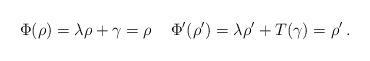
LaTeX: \begin{align*}\Phi(\rho)=\lambda\rho + \gamma = \rho\, \quad\Phi'(\rho')=\lambda\rho' + T(\gamma) = \rho'\,.\end{align*}